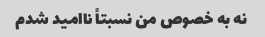
نه به خصوص من نسبتاً ناامید شدم